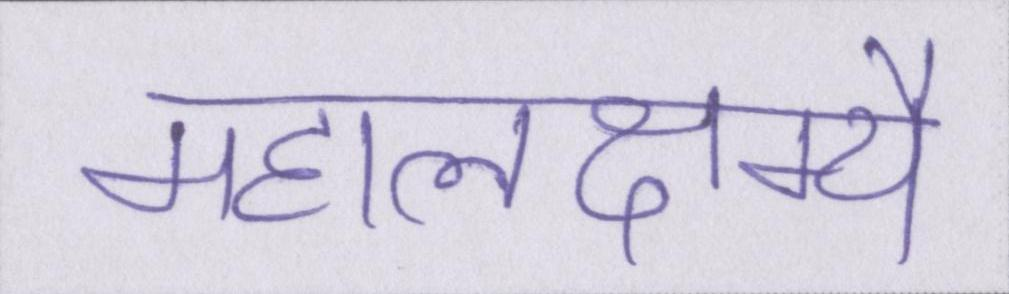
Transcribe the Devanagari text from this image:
महालक्ष्म्यै